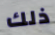
ذلك